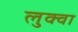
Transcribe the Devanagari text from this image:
लुक्वा